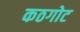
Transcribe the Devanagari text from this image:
कठगोट